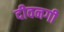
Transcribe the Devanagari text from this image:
दीवनगी